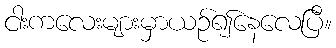
ငါးကလေးများမှာယဉ်၍နေလေပြီ။